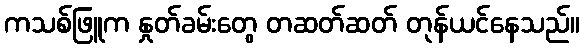
ကသစ်ဖြူက နှုတ်ခမ်းတွေ တဆတ်ဆတ် တုန်ယင်နေသည်။